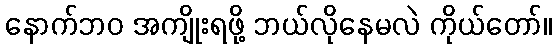
နောက်ဘဝ အကျိုးရဖို့ ဘယ်လိုနေမလဲ ကိုယ်တော်။